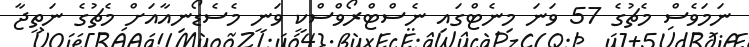
ނަމަވެސް މެޗުގެ 57 ވަނަ މިނެޓްގައި ނެސްޓްރޯވްސްކީ ވަނީ މެސެޑޯނިއާއަށް މެޗުގެ ނަތީޖާ